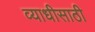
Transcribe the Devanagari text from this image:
व्याधीसाठी